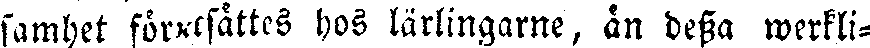
samhet förstsättes hos lärlingarne, än dessa werkli-